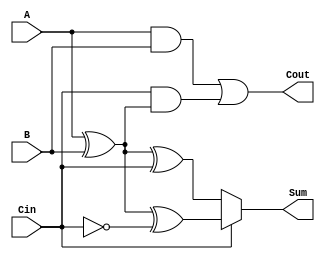
module ConditionalSumFullAdder (
    input wire A,     // First binary input
    input wire B,     // Second binary input
    input wire Cin,   // Carry-in input
    output wire Sum,  // Sum output
    output wire Cout  // Carry-out output
);

    // Define the potential sums S0 and S1
    wire S0 = A ^ B ^ Cin;              // S0 = A  B  Cin
    wire S1 = A ^ B ^ ~Cin;             // S1 = A  B  Cin
    
    // Generate the carry-out Cout
    wire carryAB = A & B;               // A and B both being 1
    wire carryAC = Cin & (A ^ B);       // Cin and (A  B)
    
    assign Cout = carryAB | carryAC;    // Cout = (A  B) + (Cin  (A  B))
    
    // Select final sum output based on Cin
    assign Sum = (Cin) ? S1 : S0;       // If Cin is 1, select S1; otherwise select S0

endmodule